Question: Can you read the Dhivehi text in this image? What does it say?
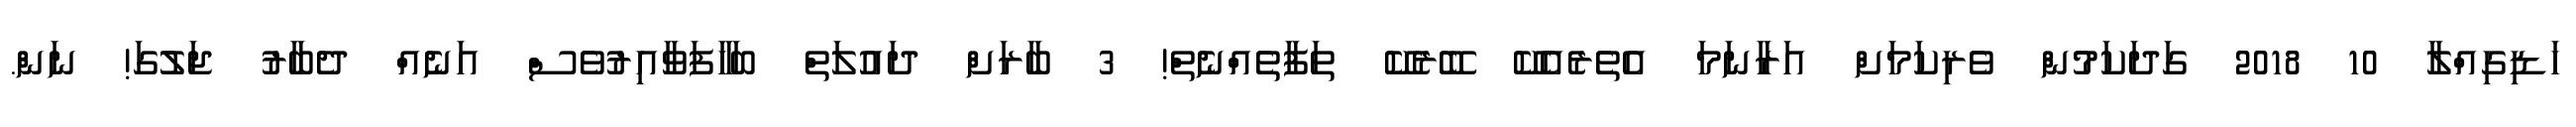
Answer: ހަޑިގިއްލާ 10 2018 ގަދަކަމުން ވެރިކަމަށް އަރާނަމަ އެތެރެއެކޭ ބޭރެކޭ ތަފާތެއްނެތް! 3 ބާރަށް ދައުލަތް ބަހާފަވާއިރުވެސް އަނެއް ދެބާރު ޖަލުގަ! ނަން.